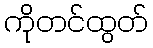
ကိုတင်ထွတ်